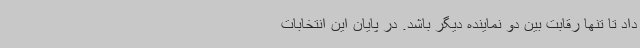
داد تا تنها رقابت بین دو نماینده دیگر باشد. در پایان این انتخابات